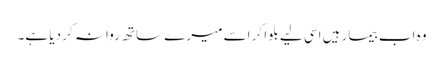
وہ اب بیمار ہیں اسی لیے بلوا کر اسے میرے ساتھ روانہ کر دیا ہے۔